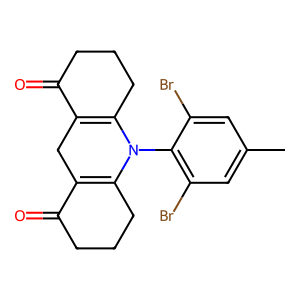
SMILES: Cc1cc(Br)c(N2C3=C(CC4=C2CCCC4=O)C(=O)CCC3)c(Br)c1
Inhibits HIV replication: No